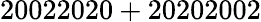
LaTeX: \mathrm{20022020+20202002}